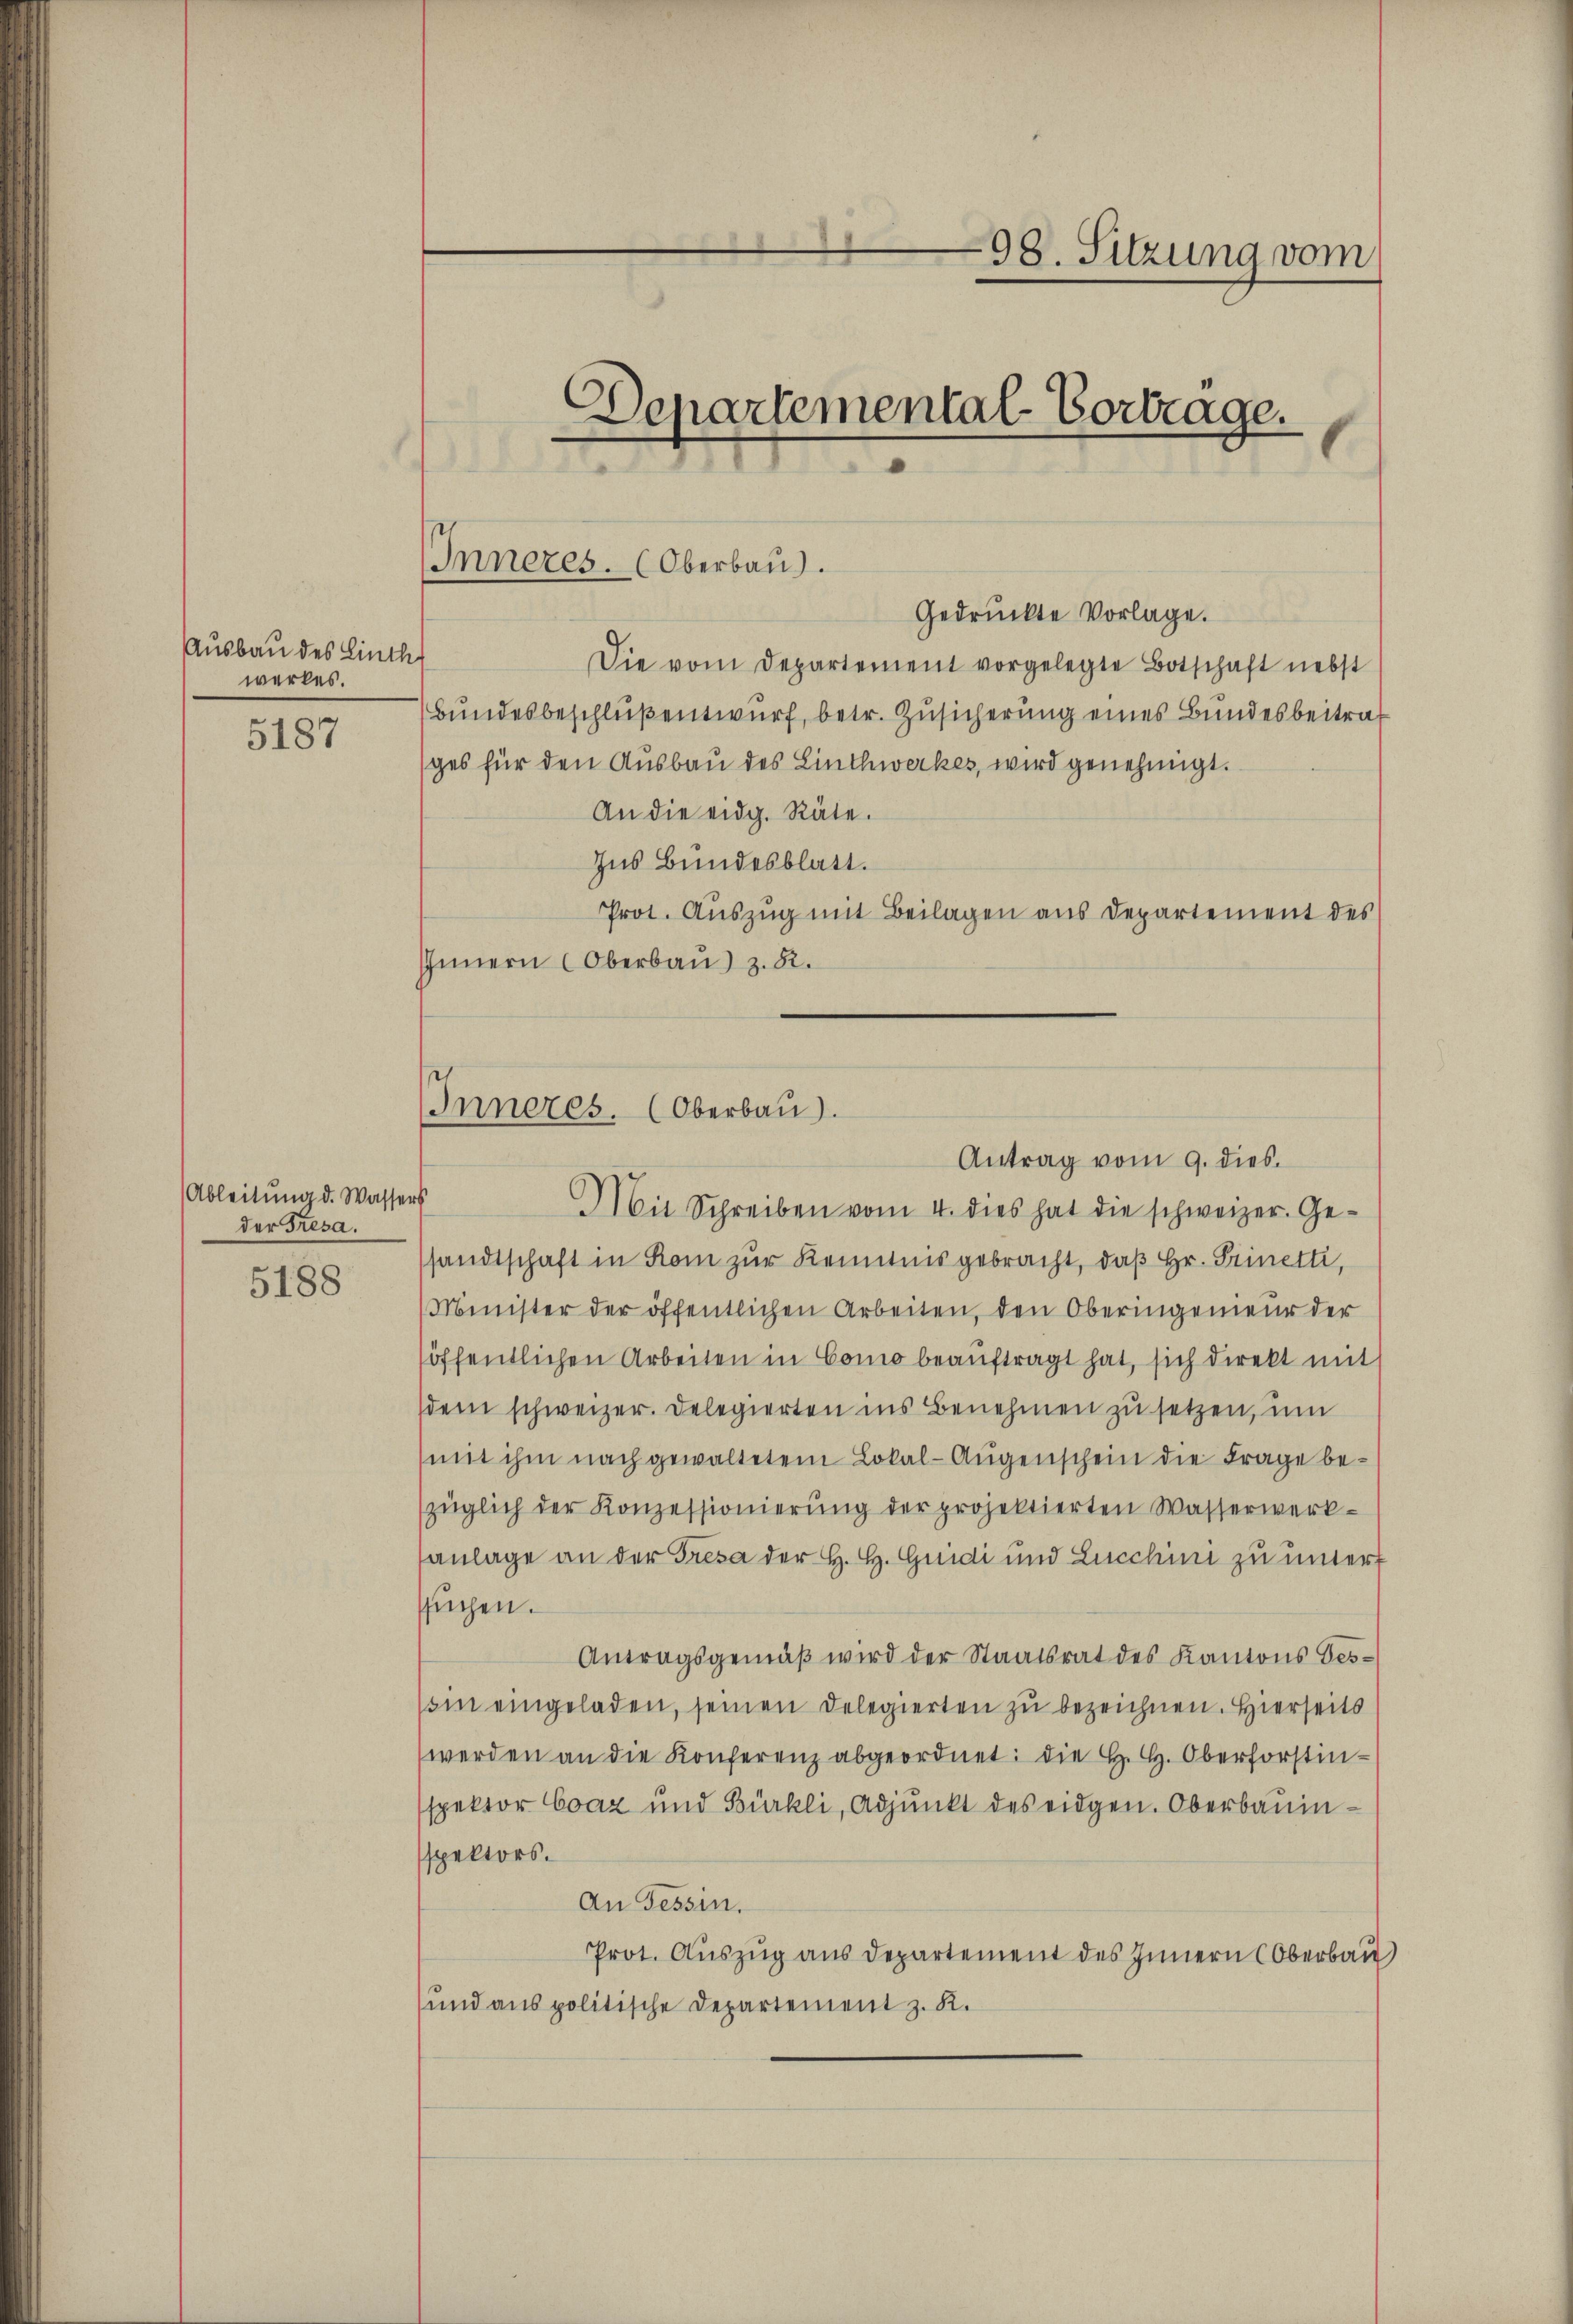
Ausbau des Linth
werkes.

5187

Ableitung d. Wassers
der Fresa.

5188

98. Sitzung vom

6
Lepartemental-Vortrage.

Inneres. (Oberbau.

IInneres. (Oberbau
Mit Schreiben vom 4. dies hat die schweizer. Ge¬

Gedruckte Vorlage.
Die vom Departement vorgelegte Botschaft nebst
Bundesbeschluß entwurf, betr. Zusicherung eines Bundesbeitrages für den Ausbau des Linthwerkes, wird genehmigt.
An die eidg. Räte.
Ins Bundesblatt.
Prot. Auszug mit Beilagen aus Departement des
Innern Oberbau) z. B.

sandtschaft in Rom zur Kenntnis gebracht, daß Hr. Prinetti,
Minister der öffentlichen Arbeiten, den Oberingenieur der
öffentlichen Arbeiten in Como beauftragt hat, sich direkt mit
dem schweizer. Delegierten ins Benehmen zu setzen, um
(mit ihm nach gewaltetem Lokal-Augenschein die Frage bezüglich der Konzessionierŭng der projektierten Wasserwerk-
sanlage an der Fresa der H. H. Guidi und Lucchini zu untert
ssuchen.
Antragsgemäβ wird der Staatsrat des Kantons Ges¬
(im eingeladen, seinen Delegierten zu bezeichnen. Hierseits
werden an die Konferenz abgeordnet: die H. H. Oberforstinspektor Coaz und Bürkli, Adjunkt des eidgen. Oberbauinsspektors.
An Tessin.
Prot. Auszug aus Departement des Innern (Oberbau
und aus politische Departement z. K.

Antrag vom 9. dies.